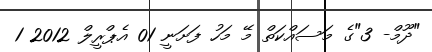
"ދޫމް- 3"ގެ މަސައްކަތް މޭ މަހު ފަށަނީ 01 އެޕްރީލް 2012 1